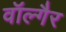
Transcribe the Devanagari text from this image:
वॉल्गैर